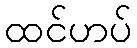
ထင်ဟပ်